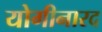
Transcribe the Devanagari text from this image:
योगीनारद